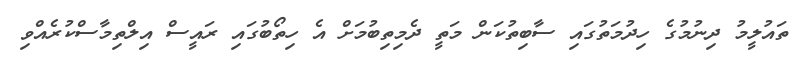
ތައުލީމު ދިނުމުގެ ހިދުމަތުގައި ސާބިތުކަން މަތީ ދެމިތިބުމަށް އެ ހިތޯބުގައި ރައީސް އިލްތިމާސްކުރެއްވި